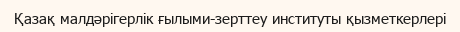
Қазақ малдәрігерлік ғылыми-зерттеу институты қызметкерлері